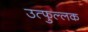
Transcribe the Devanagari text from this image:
उत्‍फुल्‍लक